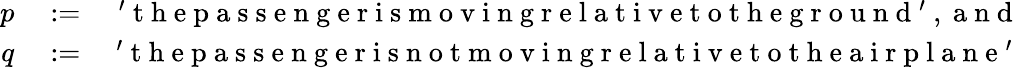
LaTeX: \begin{array}{rlr}{p}&{{}:=}&{\mathrm{~'~t~h~e~p~a~s~s~e~n~g~e~r~i~s~m~o~v~i~n~g~r~e~l~a~t~i~v~e~t~o~t~h~e~g~r~o~u~n~d~'~,~a~n~d~}}\\ {q}&{{}:=}&{\mathrm{~'~t~h~e~p~a~s~s~e~n~g~e~r~i~s~n~o~t~m~o~v~i~n~g~r~e~l~a~t~i~v~e~t~o~t~h~e~a~i~r~p~l~a~n~e~'~}}\end{array}